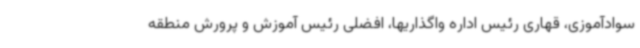
سوادآموزی، قهاری رئیس اداره واگذاریها، افضلی رئیس آموزش و پرورش منطقه